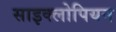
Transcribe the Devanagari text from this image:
साइक्लोपियन